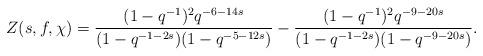
LaTeX: \begin{align*}Z(s,f,\chi)=\frac{(1-q^{-1})^2q^{-6-14s}}{(1-q^{-1-2s})(1-q^{-5-12s})}-\frac{(1-q^{-1})^2q^{-9-20s}}{(1-q^{-1-2s})(1-q^{-9-20s})}.\end{align*}